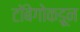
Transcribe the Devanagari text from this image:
टॉबेगोकडून